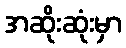
အဆိုးဆုံးမှာ